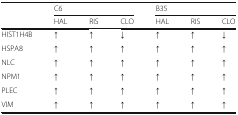
<table><thead><tr><td rowspan="2"></td><td colspan="3"><b>C6</b></td><td colspan="3"><b>B35</b></td></tr><tr><td><b>HAL</b></td><td><b>RIS</b></td><td><b>CLO</b></td><td><b>HAL</b></td><td><b>RIS</b></td><td><b>CLO</b></td></tr></thead><tbody><tr><td>HIST1H4B</td><td><b>↑</b></td><td><b>↑</b></td><td><b>↓</b></td><td><b>↑</b></td><td><b>↑</b></td><td><b>↓</b></td></tr><tr><td>HSPA8</td><td><b>↑</b></td><td><b>↑</b></td><td><b>↑</b></td><td><b>↑</b></td><td><b>↑</b></td><td><b>↑</b></td></tr><tr><td>NLC</td><td><b>↑</b></td><td><b>↑</b></td><td><b>↑</b></td><td><b>↑</b></td><td><b>↑</b></td><td><b>↑</b></td></tr><tr><td>NPM1</td><td><b>↑</b></td><td><b>↑</b></td><td><b>↑</b></td><td><b>↑</b></td><td><b>↑</b></td><td><b>↑</b></td></tr><tr><td>PLEC</td><td><b>↑</b></td><td><b>↑</b></td><td><b>↑</b></td><td><b>↑</b></td><td><b>↑</b></td><td><b>↑</b></td></tr><tr><td>VIM</td><td><b>↑</b></td><td><b>↑</b></td><td><b>↑</b></td><td><b>↑</b></td><td><b>↑</b></td><td><b>↑</b></td></tr></tbody></table>